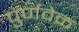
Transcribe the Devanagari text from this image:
पुर्णवेळ